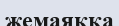
жемаяққа